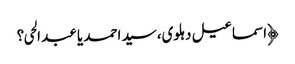
﴿اسماعیل دہلوی،سید احمد یا عبد الحی؟